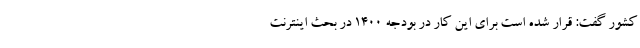
کشور گفت: قرار شده است برای این کار در بودجه ۱۴۰۰ در بحث اینترنت